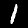
Label: 1